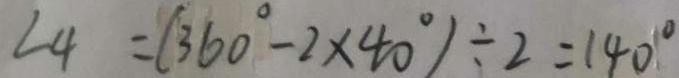
\angle 4 = ( 3 6 0 ^ { \circ } - 2 \times 4 0 ^ { \circ } ) \div 2 = 1 4 0 ^ { \circ }